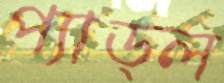
প্যাড্ল